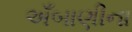
અઁબાણીના